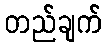
တည်ချက်